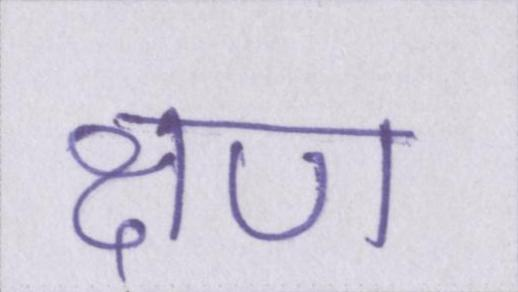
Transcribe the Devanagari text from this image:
क्षण